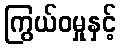
ကြွယ်ဝမှုနှင့်